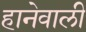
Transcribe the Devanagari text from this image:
हानेवाली